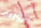
برؤيته